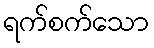
ရက်စက်သော